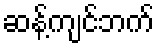
ဆန့်ကျင်ဘက်